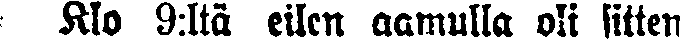
Klo 9:ltä eilen aamulla oli sitten